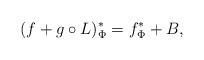
\begin{align*} (f+g\circ L)_\Phi^* = f_\Phi^* +B,\end{align*}